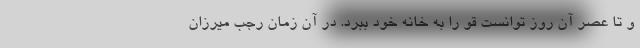
و تا عصر آن روز توانست قو را به خانه خود ببرد. در آن زمان رجب میرزان